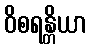
ဝိစရန္တိယာ